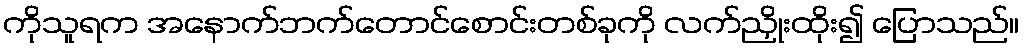
ကိုသူရက အနောက်ဘက်တောင်စောင်းတစ်ခုကို လက်ညှိုးထိုး၍ ပြောသည်။